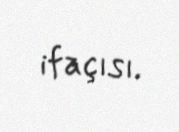
ifaçısı.